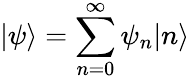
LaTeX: |\psi\rangle=\sum_{n=0}^{\infty}\psi_{n}|n\rangle